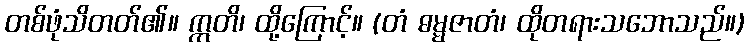
တစ်ဖုံသိတတ်၏။ ဣတိ၊ ထို့ကြောင့်။ (တံ ဓမ္မဇာတံ၊ ထိုတရားသဘောသည်။)